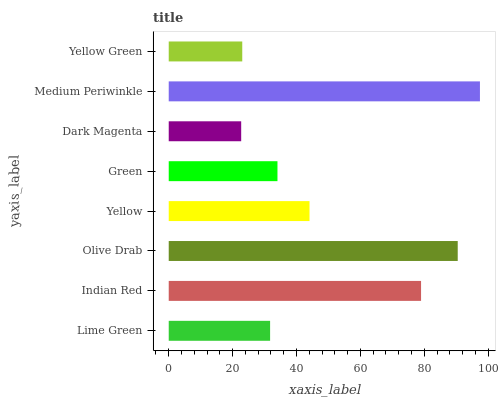
| yaxis_label | bars |
 | --- | --- |
 | Lime Green | 31.7 |
 | Indian Red | 79 |
 | Olive Drab | 90.5 |
 | Yellow | 44.1 |
 | Green | 34 |
 | Dark Magenta | 22.7 |
 | Medium Periwinkle | 97.4 |
 | Yellow Green | 23 |